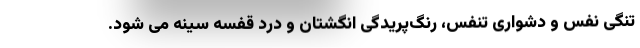
تنگی نفس و دشواری تنفس، رنگ‌پریدگی انگشتان و درد قفسه سینه می شود.